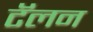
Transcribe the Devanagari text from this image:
टॅलन